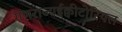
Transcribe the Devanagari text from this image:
गणराज्यईक्वीटोरियल